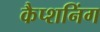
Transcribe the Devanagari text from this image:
कैप्शनिंग